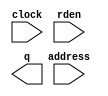
// megafunction wizard: %ROM: 1-PORT%VBB%
// GENERATION: STANDARD
// VERSION: WM1.0
// MODULE: altsyncram 

// ============================================================
// Megafunction Name(s):
// 			altsyncram
//
// Simulation Library Files(s):
// 			altera_mf
// ============================================================
// ************************************************************
// THIS IS A WIZARD-GENERATED FILE. DO NOT EDIT THIS FILE!
//
// 10.0 Build 218 06/27/2010 SJ Full Version
// ************************************************************

//Copyright (C) 1991-2010 Altera Corporation
//Your use of Altera Corporation's design tools, logic functions 
//and other software and tools, and its AMPP partner logic 
//functions, and any output files from any of the foregoing 
//(including device programming or simulation files), and any 
//associated documentation or information are expressly subject 
//to the terms and conditions of the Altera Program License 
//Subscription Agreement, Altera MegaCore Function License 
//Agreement, or other applicable license agreement, including, 
//without limitation, that your use is for the sole purpose of 
//programming logic devices manufactured by Altera and sold by 
//Altera or its authorized distributors.  Please refer to the 
//applicable agreement for further details.

module rom_pll_162 (
	address,
	clock,
	rden,
	q);

	input	[7:0]  address;
	input	  clock;
	input	  rden;
	output	[0:0]  q;
`ifndef ALTERA_RESERVED_QIS
// synopsys translate_off
`endif
	tri1	  clock;
	tri1	  rden;
`ifndef ALTERA_RESERVED_QIS
// synopsys translate_on
`endif

endmodule

// ============================================================
// CNX file retrieval info
// ============================================================
// Retrieval info: PRIVATE: ADDRESSSTALL_A NUMERIC "0"
// Retrieval info: PRIVATE: AclrAddr NUMERIC "0"
// Retrieval info: PRIVATE: AclrByte NUMERIC "0"
// Retrieval info: PRIVATE: AclrOutput NUMERIC "0"
// Retrieval info: PRIVATE: BYTE_ENABLE NUMERIC "0"
// Retrieval info: PRIVATE: BYTE_SIZE NUMERIC "8"
// Retrieval info: PRIVATE: BlankMemory NUMERIC "0"
// Retrieval info: PRIVATE: CLOCK_ENABLE_INPUT_A NUMERIC "0"
// Retrieval info: PRIVATE: CLOCK_ENABLE_OUTPUT_A NUMERIC "0"
// Retrieval info: PRIVATE: Clken NUMERIC "0"
// Retrieval info: PRIVATE: IMPLEMENT_IN_LES NUMERIC "0"
// Retrieval info: PRIVATE: INIT_FILE_LAYOUT STRING "PORT_A"
// Retrieval info: PRIVATE: INIT_TO_SIM_X NUMERIC "0"
// Retrieval info: PRIVATE: INTENDED_DEVICE_FAMILY STRING "Stratix IV"
// Retrieval info: PRIVATE: JTAG_ENABLED NUMERIC "0"
// Retrieval info: PRIVATE: JTAG_ID STRING "NONE"
// Retrieval info: PRIVATE: MAXIMUM_DEPTH NUMERIC "0"
// Retrieval info: PRIVATE: MIFfilename STRING "gen_162.mif"
// Retrieval info: PRIVATE: NUMWORDS_A NUMERIC "234"
// Retrieval info: PRIVATE: RAM_BLOCK_TYPE NUMERIC "0"
// Retrieval info: PRIVATE: RegAddr NUMERIC "1"
// Retrieval info: PRIVATE: RegOutput NUMERIC "1"
// Retrieval info: PRIVATE: SYNTH_WRAPPER_GEN_POSTFIX STRING "0"
// Retrieval info: PRIVATE: SingleClock NUMERIC "1"
// Retrieval info: PRIVATE: UseDQRAM NUMERIC "0"
// Retrieval info: PRIVATE: WidthAddr NUMERIC "8"
// Retrieval info: PRIVATE: WidthData NUMERIC "1"
// Retrieval info: PRIVATE: rden NUMERIC "1"
// Retrieval info: LIBRARY: altera_mf altera_mf.altera_mf_components.all
// Retrieval info: CONSTANT: ADDRESS_ACLR_A STRING "NONE"
// Retrieval info: CONSTANT: CLOCK_ENABLE_INPUT_A STRING "BYPASS"
// Retrieval info: CONSTANT: CLOCK_ENABLE_OUTPUT_A STRING "BYPASS"
// Retrieval info: CONSTANT: INIT_FILE STRING "gen_162.mif"
// Retrieval info: CONSTANT: INTENDED_DEVICE_FAMILY STRING "Stratix IV"
// Retrieval info: CONSTANT: LPM_HINT STRING "ENABLE_RUNTIME_MOD=NO"
// Retrieval info: CONSTANT: LPM_TYPE STRING "altsyncram"
// Retrieval info: CONSTANT: NUMWORDS_A NUMERIC "234"
// Retrieval info: CONSTANT: OPERATION_MODE STRING "ROM"
// Retrieval info: CONSTANT: OUTDATA_ACLR_A STRING "NONE"
// Retrieval info: CONSTANT: OUTDATA_REG_A STRING "CLOCK0"
// Retrieval info: CONSTANT: WIDTHAD_A NUMERIC "8"
// Retrieval info: CONSTANT: WIDTH_A NUMERIC "1"
// Retrieval info: CONSTANT: WIDTH_BYTEENA_A NUMERIC "1"
// Retrieval info: USED_PORT: address 0 0 8 0 INPUT NODEFVAL "address[7..0]"
// Retrieval info: USED_PORT: clock 0 0 0 0 INPUT VCC "clock"
// Retrieval info: USED_PORT: q 0 0 1 0 OUTPUT NODEFVAL "q[0..0]"
// Retrieval info: USED_PORT: rden 0 0 0 0 INPUT VCC "rden"
// Retrieval info: CONNECT: @address_a 0 0 8 0 address 0 0 8 0
// Retrieval info: CONNECT: @clock0 0 0 0 0 clock 0 0 0 0
// Retrieval info: CONNECT: @rden_a 0 0 0 0 rden 0 0 0 0
// Retrieval info: CONNECT: q 0 0 1 0 @q_a 0 0 1 0
// Retrieval info: GEN_FILE: TYPE_NORMAL rom_pll_162.v TRUE
// Retrieval info: GEN_FILE: TYPE_NORMAL rom_pll_162.inc FALSE
// Retrieval info: GEN_FILE: TYPE_NORMAL rom_pll_162.cmp FALSE
// Retrieval info: GEN_FILE: TYPE_NORMAL rom_pll_162.bsf TRUE
// Retrieval info: GEN_FILE: TYPE_NORMAL rom_pll_162_inst.v FALSE
// Retrieval info: GEN_FILE: TYPE_NORMAL rom_pll_162_bb.v TRUE
// Retrieval info: GEN_FILE: TYPE_NORMAL rom_pll_162_waveforms.html TRUE
// Retrieval info: GEN_FILE: TYPE_NORMAL rom_pll_162_wave*.jpg FALSE
// Retrieval info: LIB_FILE: altera_mf